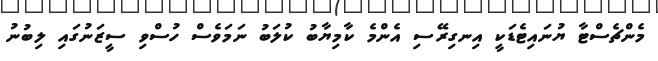
މެންޗެސްޓާ ޔުނައިޓެޑަކީ އިނގިރޭސި އެންމެ ކާމިޔާބު ކުލަބު ނަމަވެސް ހުސްވި ސީޒަނުގައި ލިބުނު